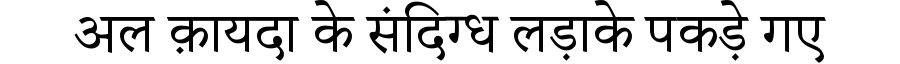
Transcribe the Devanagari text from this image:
अल क़ायदा के संदिग्ध लड़ाके पकड़े गए